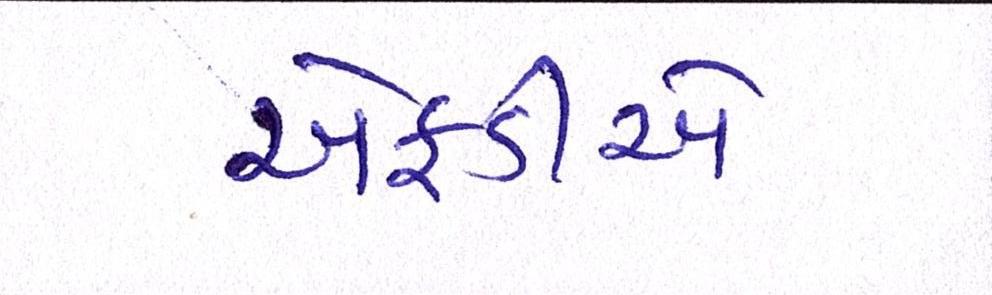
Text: એફડીએ